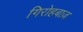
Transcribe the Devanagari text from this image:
गिरोहबाज़